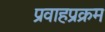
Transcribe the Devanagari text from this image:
प्रवाहप्रक्रम